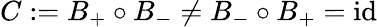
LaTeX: C:=B_{+}\circ B_{-}\not=B_{-}\circ B_{+}=\mathrm{id}